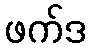
ဖက်ဒ